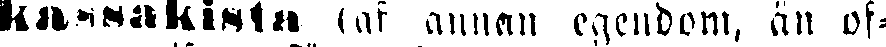
kassakista (af annan egendom, än of-